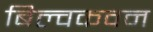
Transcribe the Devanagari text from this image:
बिल्वकवन